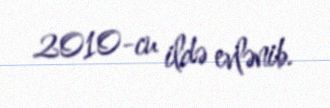
2010-cu ildə evlənib.